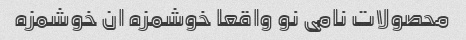
محصولات نامی نو واقعا خوشمزه ان خوشمزه